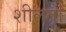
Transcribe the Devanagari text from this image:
शीलतां